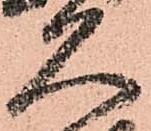
久